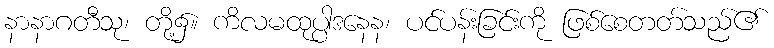
နာနာဂတီသု၊ တို့၌။ ကိလမထုပ္ပါဒနေန၊ ပင်ပန်းခြင်းကို ဖြစ်စေတတ်သည်၏